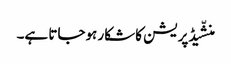
منشّیڈپریشن کا شکار ہوجاتا ہے۔